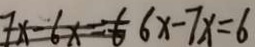
7 x - 6 x = 6 6 x - 7 x = 6